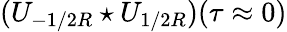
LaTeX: (U_{-1/2R}\star U_{1/2R})(\tau\approx 0)